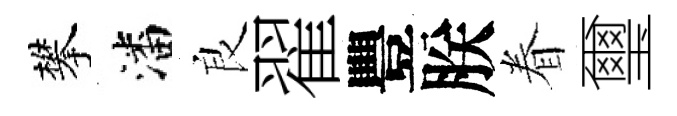
攀潘良翟豐朕眷璽